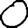
Digit: 0